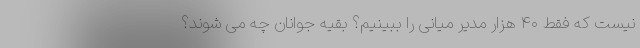
نیست که فقط ۴۰ هزار مدیر میانی را ببینیم؟ بقیه جوانان چه می شوند؟